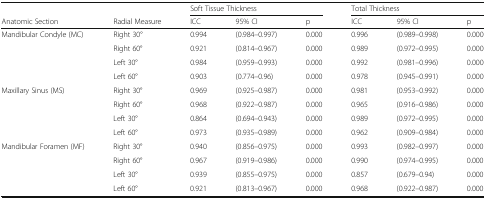
<table><thead><tr><td></td><td></td><td colspan="3"><b>Soft Tissue Thickness</b></td><td colspan="3"><b>Total Thickness</b></td></tr><tr><td><b>Anatomic Section</b></td><td><b>Radial Measure</b></td><td><b>ICC</b></td><td><b>95% CI</b></td><td><b>p</b></td><td><b>ICC</b></td><td><b>95% CI</b></td><td><b>p</b></td></tr></thead><tbody><tr><td rowspan="4">Mandibular Condyle (MC)</td><td>Right 30°</td><td>0.994</td><td>(0.984–0.997)</td><td>0.000</td><td>0.996</td><td>(0.989–0.998)</td><td>0.000</td></tr><tr><td>Right 60°</td><td>0.921</td><td>(0.814–0.967)</td><td>0.000</td><td>0.989</td><td>(0.972–0.995)</td><td>0.000</td></tr><tr><td>Left 30°</td><td>0.984</td><td>(0.959–0.993)</td><td>0.000</td><td>0.992</td><td>(0.981–0.996)</td><td>0.000</td></tr><tr><td>Left 60°</td><td>0.903</td><td>(0.774–0.96)</td><td>0.000</td><td>0.978</td><td>(0.945–0.991)</td><td>0.000</td></tr><tr><td rowspan="4">Maxillary Sinus (MS)</td><td>Right 30°</td><td>0.969</td><td>(0.925–0.987)</td><td>0.000</td><td>0.981</td><td>(0.953–0.992)</td><td>0.000</td></tr><tr><td>Right 60°</td><td>0.968</td><td>(0.922–0.987)</td><td>0.000</td><td>0.965</td><td>(0.916–0.986)</td><td>0.000</td></tr><tr><td>Left 30°</td><td>0.864</td><td>(0.694–0.943)</td><td>0.000</td><td>0.989</td><td>(0.972–0.995)</td><td>0.000</td></tr><tr><td>Left 60°</td><td>0.973</td><td>(0.935–0.989)</td><td>0.000</td><td>0.962</td><td>(0.909–0.984)</td><td>0.000</td></tr><tr><td rowspan="4">Mandibular Foramen (MF)</td><td>Right 30°</td><td>0.940</td><td>(0.856–0.975)</td><td>0.000</td><td>0.993</td><td>(0.982–0.997)</td><td>0.000</td></tr><tr><td>Right 60°</td><td>0.967</td><td>(0.919–0.986)</td><td>0.000</td><td>0.990</td><td>(0.974–0.995)</td><td>0.000</td></tr><tr><td>Left 30°</td><td>0.939</td><td>(0.855–0.975)</td><td>0.000</td><td>0.857</td><td>(0.679–0.94)</td><td>0.000</td></tr><tr><td>Left 60°</td><td>0.921</td><td>(0.813–0.967)</td><td>0.000</td><td>0.968</td><td>(0.922–0.987)</td><td>0.000</td></tr></tbody></table>